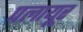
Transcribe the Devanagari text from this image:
पलायूर